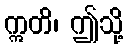
ဣတိ၊ ဤသို့